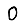
Digit: 0